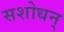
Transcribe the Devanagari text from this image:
सशोधन्